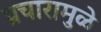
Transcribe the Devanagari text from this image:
प्रचारामुळे